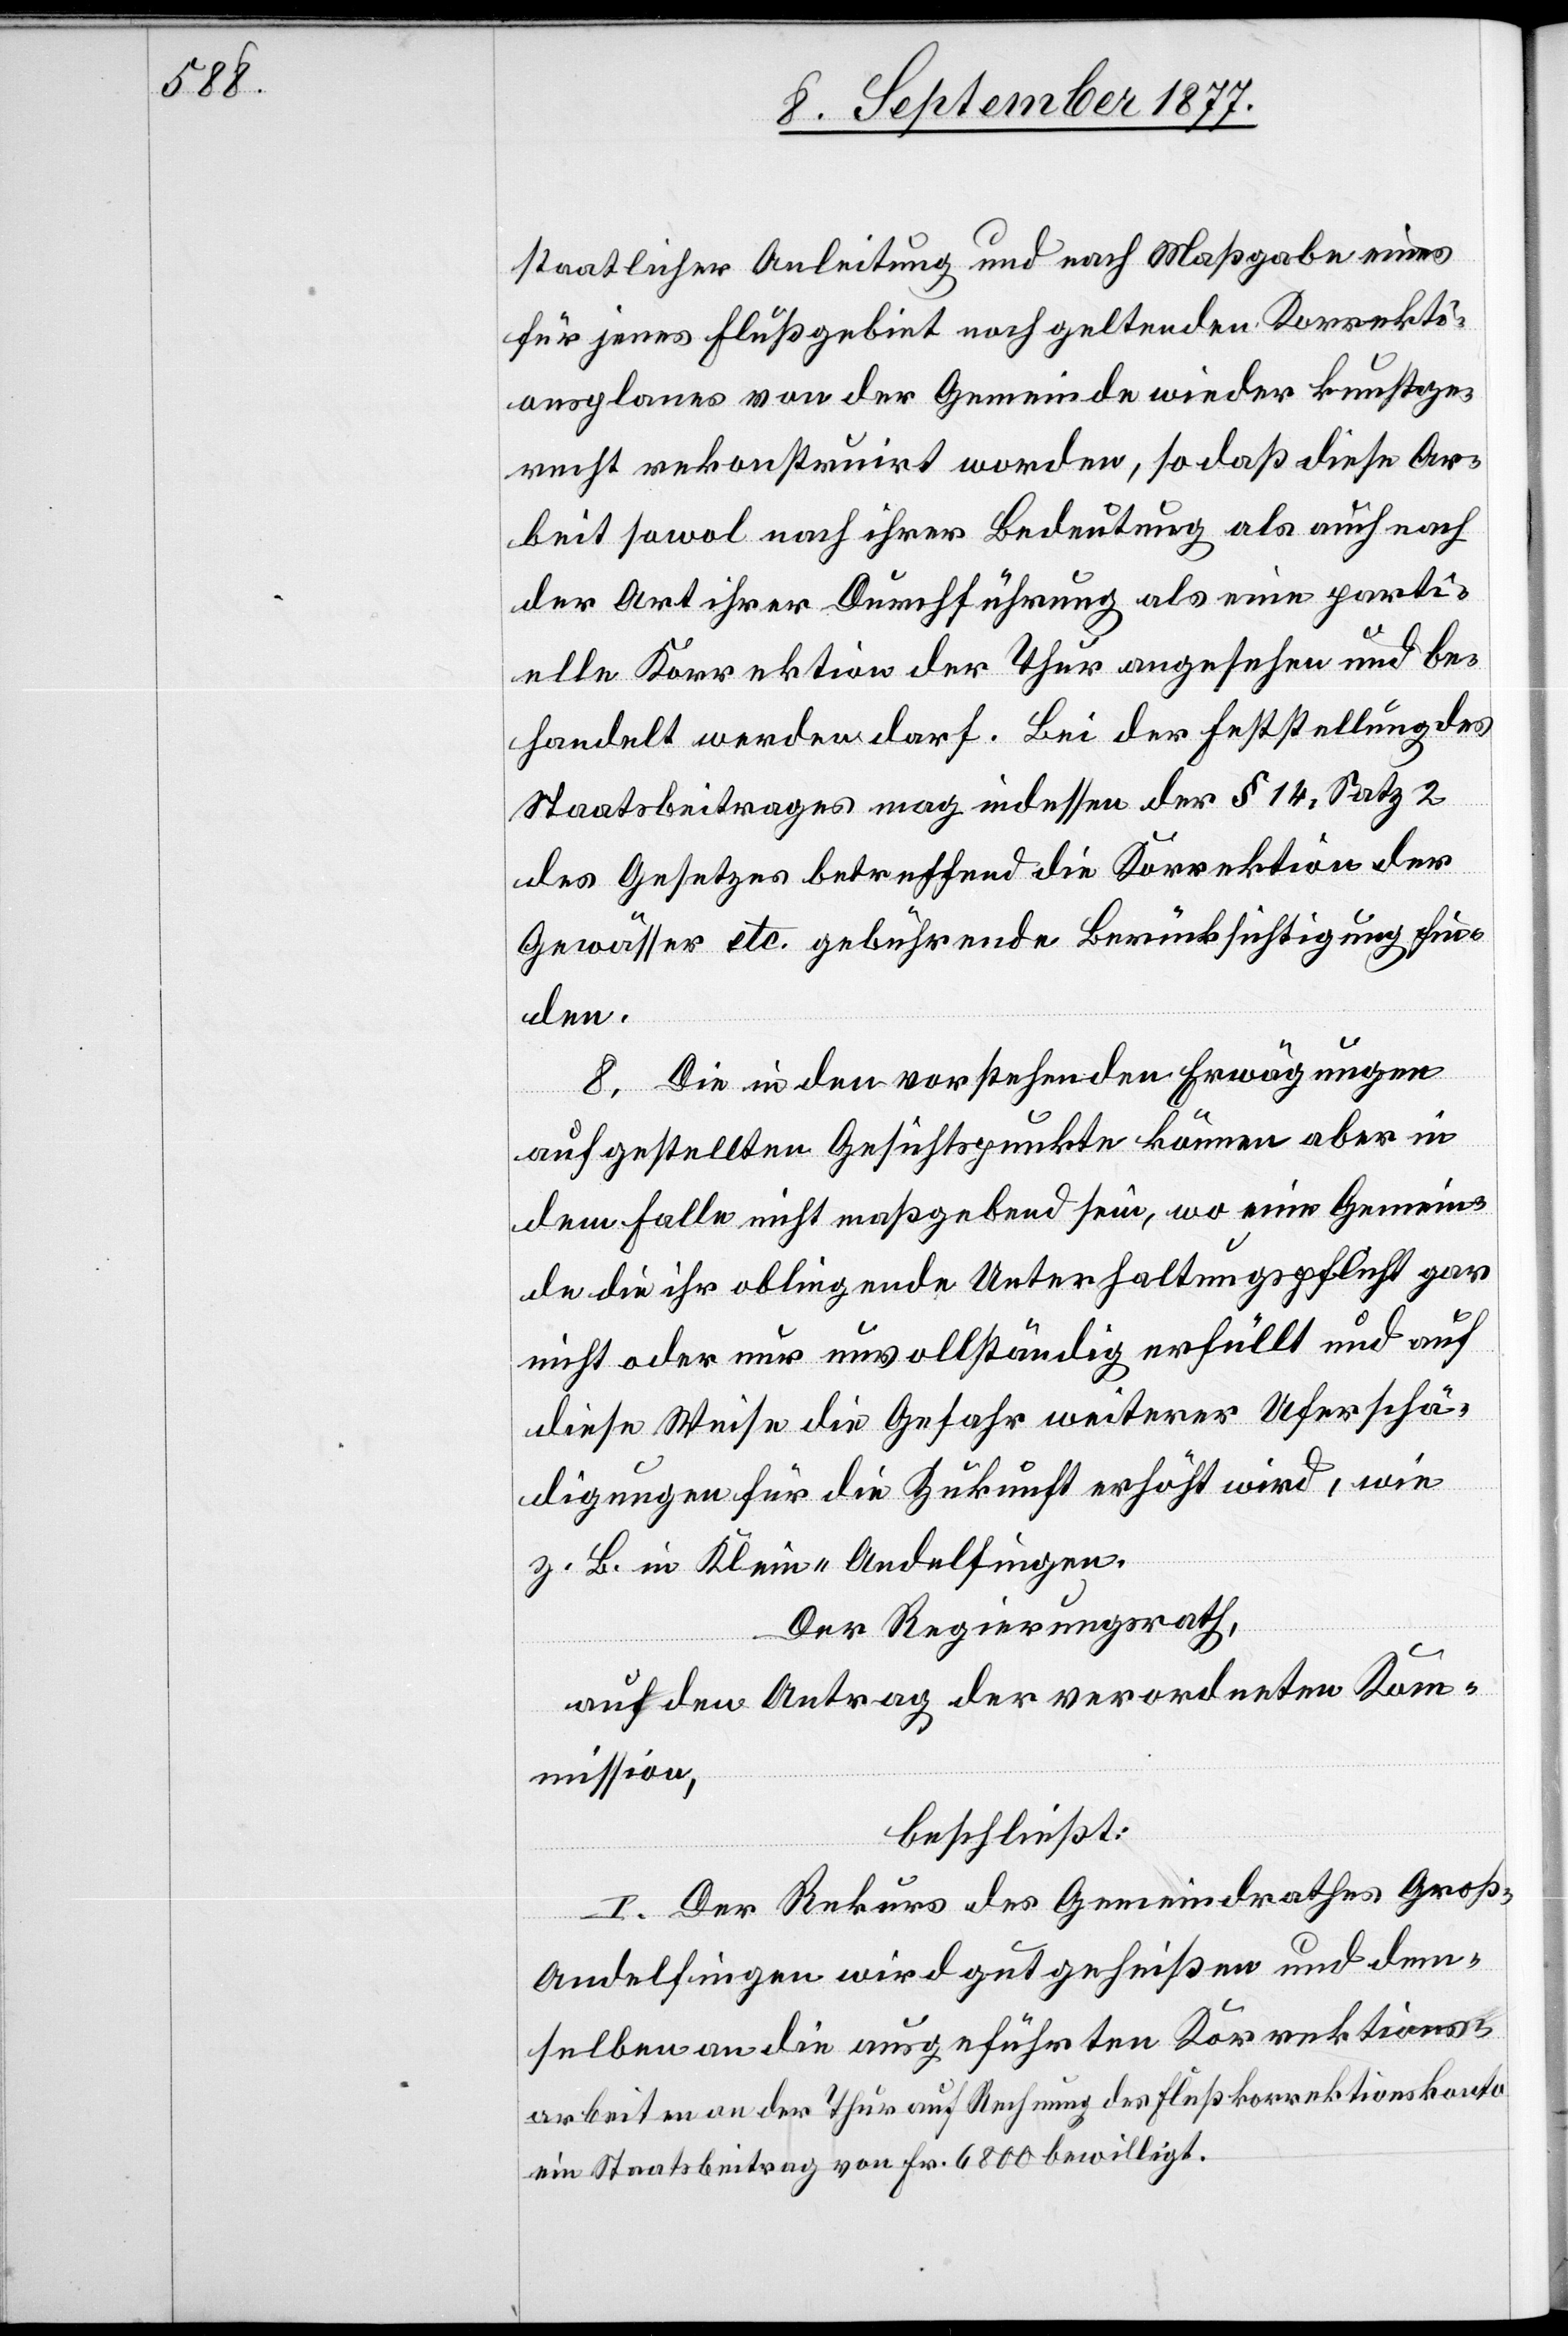
staatlicher Anleitung und nach Maßgabe eines
für jenes Flußgebiet noch geltenden Korrekti¬
onsplanes von der Gemeinde wieder kunstge¬
recht rekonstruirt worden, so daß diese Ar¬
beit sowol nach ihrer Bedeutung als auch nach
der Art ihrer Durchführung als eine parti¬
elle Korrektion der Thur angesehen und be¬
handelt werden darf. Bei der Feststellung des
Staatsbeitrages mag indessen der § 14, Satz 2
des Gesetzes betreffend die Korrektion der
Gewässer etc. gebührende Berücksichtigung fin¬
den.
8. Die in den vorstehenden Erwägungen
aufgestellten Gesichtspunkte können aber in
dem Falle nicht maßgebend sein, wo eine Gemein¬
de die ihr obliegende Unterhaltungspflicht gar
nicht oder nur unvollständig erfüllt und auf
diese Weise die Gefahr weiterer Uferschä¬
digungen für die Zukunft erhöht wird, wie
z. B. in Klein-Andelfingen.
Der Regierungsrath,
auf den Antrag der verordneten Kom¬
mission,
beschließt:
I. Der Rekurs des Gemeindrathes Groß-A¬
ndelfingen wird gutgeheißen und dem¬
selben an die ausgeführten Korrektions¬
arbeiten an der Thur auf Rechnung des Flußkorrektionskonto
ein Staatsbeitrag von Fr. 6800 bewilligt.